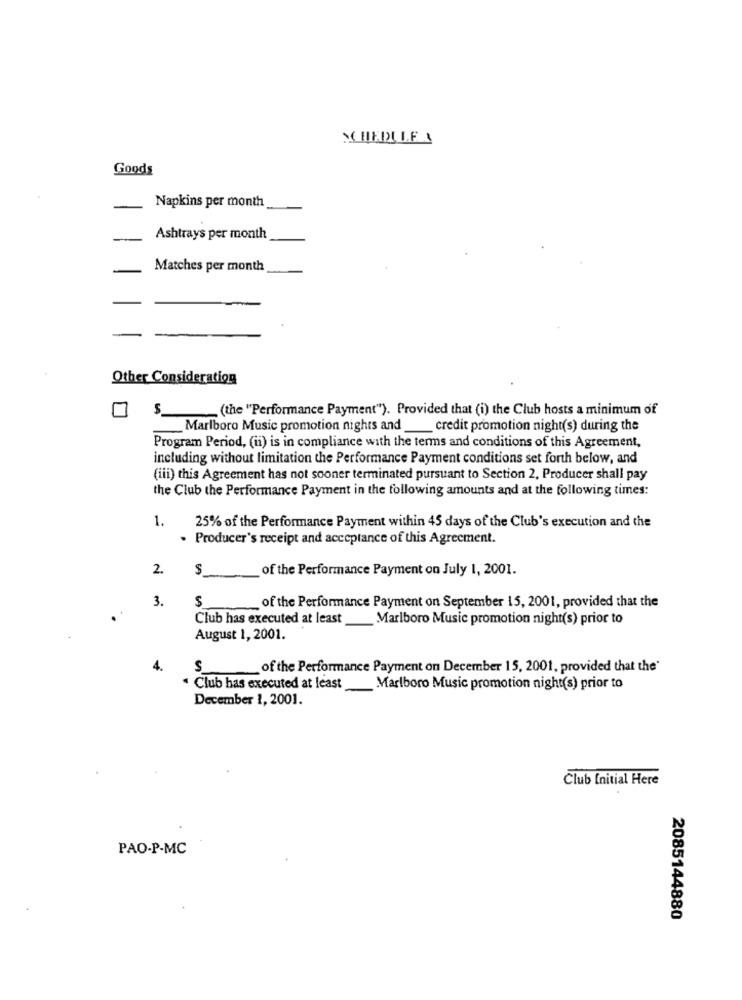
SCHEDULE
Goods
-
Napkins per month
Ashtrays per month
Matches per month
Other Consideration
7
(the "Performance Payment"). Provided that (i) the Club hosts a minimum of
Marlboro Music promotion nights and_ credit promotion night(s) during the
Program Period, (ii) is in compliance with the terms and conditions of this Agreement,
including without limitation the Performance Payment conditions set forth below, and
(iii) this Agreement has not sooner terminated pursuant to Section 2, Producer shall pay
the Club the Performance Payment in the following amounts and at the following times:
1.
25% of the Performance Payment within 45 days of the Club's execution and the
. Producer's receipt and acceptance of this Agreement.
2.
$
of the Performance Payment on July 1, 2001.
$
3.
of the Performance Payment on September 15, 2001, provided that the
Club has executed at least
Marlboro Music promotion night(s) prior to
August 1, 2001.
4.
S
of the Performance Payment on December 15, 2001, provided that the'
Club has executed at least
Marlboro Music promotion night(s) prior to
December 1, 2001.
Club Initial Here
PAO-P-MC
2085144880